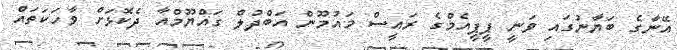
އޭނާގެ ބަޔާނުގައި ވަނީ ޕީޕީއެމްގެ ރައީސް މައުމޫން އަބްދުލް ގައްޔޫމްއާ ދެކޮޅަށް ވާހަކަތައް